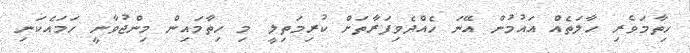
ހިތާމަވެރި ހާލަތެއް އައުމުން އޭނަ ހެއްދެވިފަރާތަށް ކުރިމަތިލީ މި ހިތާމައިން މިންޖުވާނީ ހަމައެކަނި